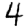
Digit: 4